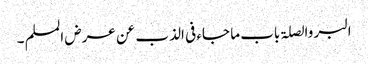
البر والصلۃ باب ما جاء فی الذب عن عرض المسلم ۔